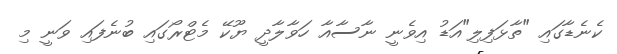
ކެނެޑާގައި "ތާޅަފިލި"އަޑު އިވެނީ ނާސާއާ ހަވާލާދީ ޔޫކޭ މެޓްރޯގައި ބުނެފައި ވަނީ މި